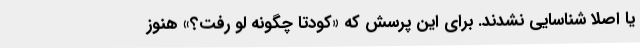
یا اصلا شناسایی نشدند. برای این پرسش که «کودتا چگونه لو رفت؟» هنوز